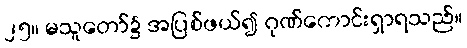
၂၅။ မသူတော်၌ အပြစ်ဖယ်၍ ဂုဏ်ကောင်းရှာရသည်။